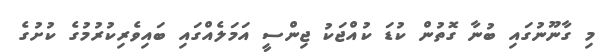
މި ގާނޫނުގައި ބުނާ ގޮތުން ކުޑަ ކުއްޖަކު ޖިންސީ އަމަލެއްގައި ބައިވެރިކުރުމުގެ ކުށުގެ